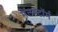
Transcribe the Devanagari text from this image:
मेलस्टाॅर्म